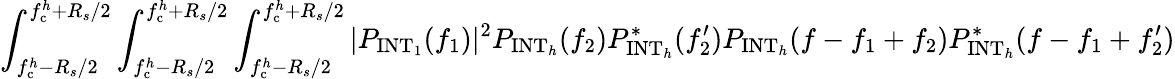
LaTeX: \int_{f_{\mathrm{c}}^{h}-R_{s}/2}^{f_{\mathrm{c}}^{h}+R_{s}/2}\int_{f_{\mathrm{c}}^{h}-R_{s}/2}^{f_{\mathrm{c}}^{h}+R_{s}/2}\int_{f_{\mathrm{c}}^{h}-R_{s}/2}^{f_{\mathrm{c}}^{h}+R_{s}/2}|P_{\mathrm{INT}_{1}}(f_{1})|^{2}P_{\mathrm{INT}_{h}}(f_{2})P_{\mathrm{INT}_{h}}^{\ast}(f_{2}^{\prime})P_{\mathrm{INT}_{h}}(f-f_{1}+f_{2})P_{\mathrm{INT}_{h}}^{\ast}(f-f_{1}+f_{2}^{\prime})